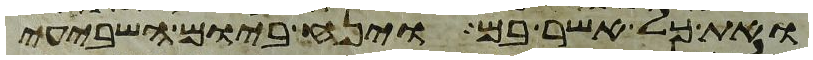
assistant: ואת כל אשר בם וינח ביום השביעי